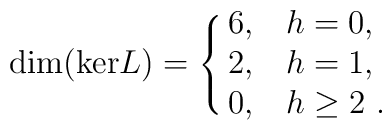
{\rm dim (ker} L) =\cases {6, & $h=0$,\cr 2, & $h=1$,\cr 0, & $h\ge 2$ .\cr}